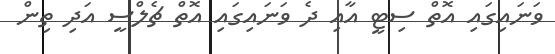
ވަނައިގައި އޮތް ސިޓީ އާއި ދެ ވަނައިގައި އޮތް ޗެލްސީ އަދި ތިން